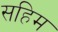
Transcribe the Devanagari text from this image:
सहिम